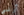
آرني